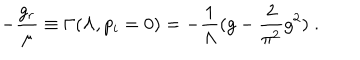
- \frac { g _ { r } } { \mu } \equiv \Gamma ( \Lambda , p _ { i } = 0 ) = - \frac { 1 } { \Lambda } ( g - \frac { 2 } { \pi ^ { 2 } } g ^ { 2 } ) \; .